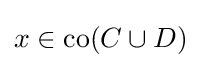
x\in \operatorname {co} (C\cup D)